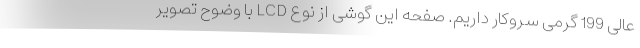
عالی 199 گرمی سروکار داریم. صفحه این گوشی از نوع LCD با وضوح تصویر